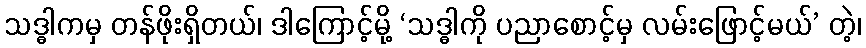
သဒ္ဓါကမှ တန်ဖိုးရှိတယ်၊ ဒါကြောင့်မို့ ‘သဒ္ဓါကို ပညာစောင့်မှ လမ်းဖြောင့်မယ်’ တဲ့၊